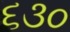
૬૩૦